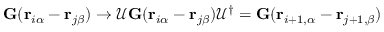
{ \bf G } ( { \bf r } _ { i \alpha } - { \bf r } _ { j \beta } ) \rightarrow \mathcal { U } { \bf G } ( { \bf r } _ { i \alpha } - { \bf r } _ { j \beta } ) \mathcal { U } ^ { \dagger } = { \bf G } ( { \bf r } _ { i + 1 , \alpha } - { \bf r } _ { j + 1 , \beta } )